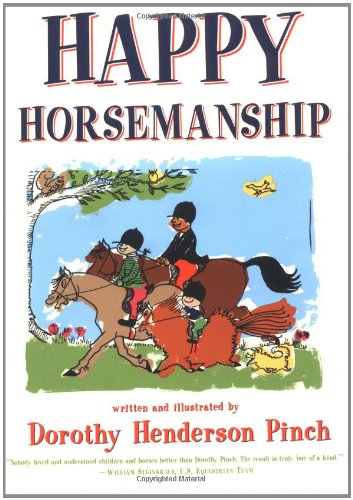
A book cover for Happy Horsemanship; Dorothy Pinch; Crafts, Hobbies & Home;